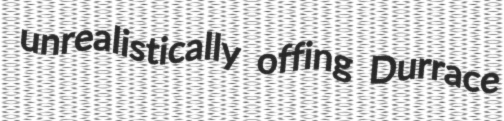
unrealistically offing Durrace